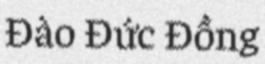
Đào Đức Đồng